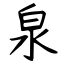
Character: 泉